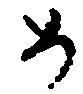
め